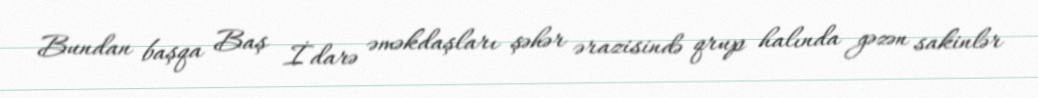
Bundan başqa Baş İdarə əməkdaşları şəhər ərazisində qrup halında gəzən sakinlər